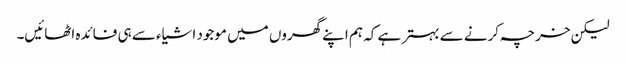
لیکن خرچہ کرنے سے بہتر ہے کہ ہم اپنے گھروں میں موجود اشیاء سے ہی فائدہ اٹھائیں۔